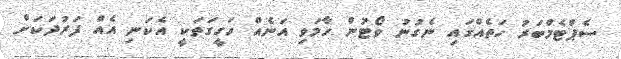
ސެޕްޓެމްބަރު ހަތެއްގައި ނެގުނު ވޯޓުން ހާމަވި އަނެއް ހަގީގަތަކީ އެކަނި އެއް ފަރުދަކަށް